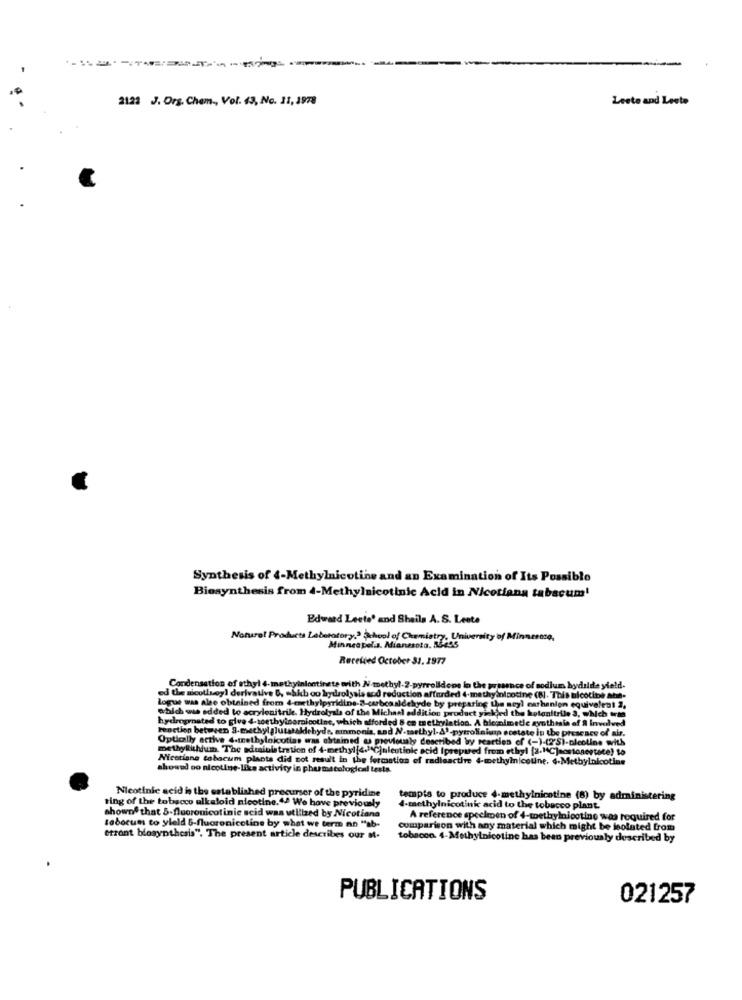
2122 J. Org. Chem ., Vol. 63, No. 11, 3978
Leste and Leste
Synthesis of 4-Methylnicotine and an Examination of Its Possible
Biosynthesis from 4-Methylnicotinic Acid in Nicotiana tabacum!
Edward Leete' and Sheils A.S. Leete
Natural Products Laboratory,> School of Chemistry, University of Minnesota,
Minneapolis, Minnesota. 53-495
Rerelded October 31. 1977
Condensation of ethyl 4- methyiniontingte writh N .methyl-2-pyrrolidone la the
ice of sodium
ed the nicollsoy'l derivative &, = hib ou hydrolysis sod reduction afforded 4-methylnicotine (NI. This bicolibe ah-
which ww added to acrylonitrile. Hydrolyals of the Michael addition product yielded the hotonitrile 3, which tras
logue was alee obtained from 4-methylpyridine-2-carbcaaldehyde by preparing the neyl marhanion equivalent 2,
hydrogenated to give 4-worthyinomnicotine, which afforded 8 en methylation. A bicinimetic synthesis of & Involved
Peoction between 3.methylglutstakebyde, ammonis, sad N.taethyl-&'-pyrroliniunsp scstate in the presence of air.
Optically active 4-methylojcutias was obtained « previously described by reacties of (-)-(2'S)-nicotine with
methyllithiumh. The edtsinistration of 4-methyl[4. ºCjnieotiole acid (prepared from ethyl [2.1℃]sosionestate) to
Nicetiene tabacum plants did not result in the formation of radioactive 4-methylnicotine. 4-Methylnicotine
showed oo nicotine-like activity in phumstological tests.
Nicotinic acid is the established precursor of the pyridine
ting of the tobacco alkaloid nicotine."> We have previously
tempts to produce 4-methylnicotine (8) by administering
shownf that 5-fluoronicotinic acid was utilized by Nicotiana
4-methylnicotinic acid to the tobacco plant
A reference specimen of 4-toethylnicotine was required for
toborum to yleld &-fluoronicotine by what we term an "ab-
Comparison with any material which might be isolated from
etrant biosynthesis". The present article describes our M.
tobacon. 4-Methylnicotine has been previously described by
PUBLICATIONS
021257